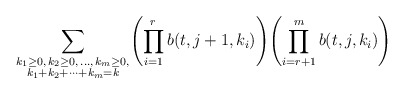
\begin{align*}\sum_{\substack{k_1\ge0,\,k_2\ge0,\,\ldots,\,k_m\ge0,\\k_1+k_2+\cdots+k_m=k}}\Biggl(\prod_{i=1}^r b(t,j+1,k_i)\Biggr)\Biggl(\prod_{i=r+1}^m b(t,j,k_i)\Biggr)\end{align*}